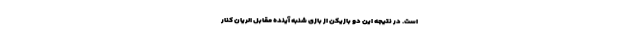
است. در نتیجه این دو بازیکن از بازی شنبه آینده مقابل الریان کنار